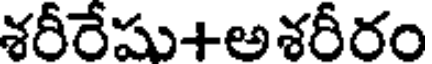
శరీరేషు+అశరీరం